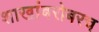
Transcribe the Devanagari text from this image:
शाखांबरोबरच